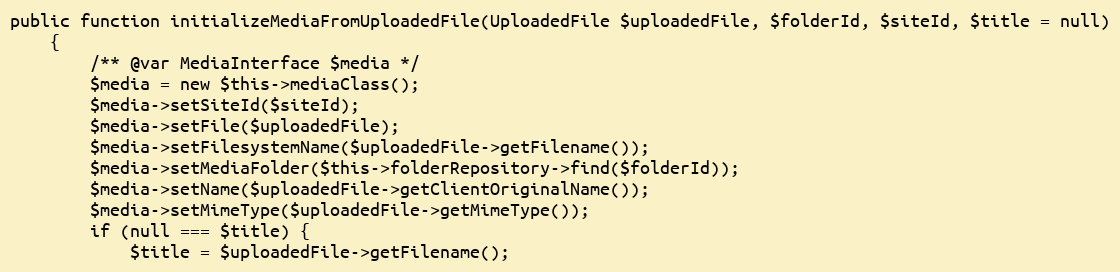
Language: PHP
public function initializeMediaFromUploadedFile(UploadedFile $uploadedFile, $folderId, $siteId, $title = null)
    {
        /** @var MediaInterface $media */
        $media = new $this->mediaClass();
        $media->setSiteId($siteId);
        $media->setFile($uploadedFile);
        $media->setFilesystemName($uploadedFile->getFilename());
        $media->setMediaFolder($this->folderRepository->find($folderId));
        $media->setName($uploadedFile->getClientOriginalName());
        $media->setMimeType($uploadedFile->getMimeType());
        if (null === $title) {
            $title = $uploadedFile->getFilename();